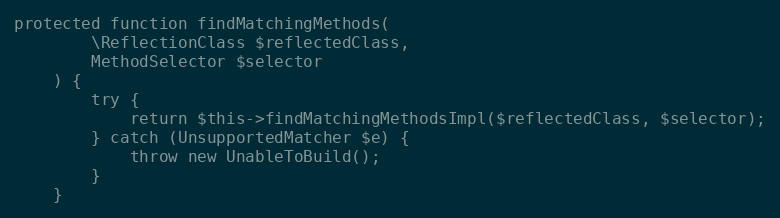
Language: PHP
protected function findMatchingMethods(
        \ReflectionClass $reflectedClass,
        MethodSelector $selector
    ) {
        try {
            return $this->findMatchingMethodsImpl($reflectedClass, $selector);
        } catch (UnsupportedMatcher $e) {
            throw new UnableToBuild();
        }
    }